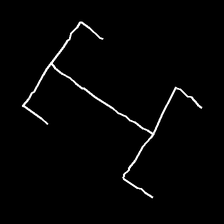
Glyph: entwine